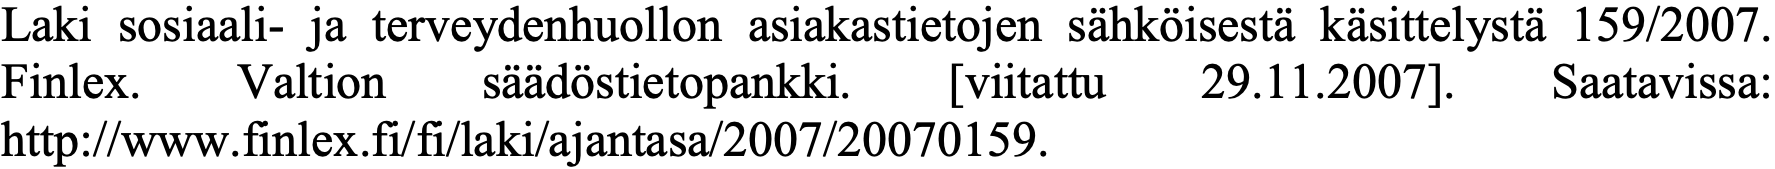
Laki sosiaali- ja terveydenhuollon asiakastietojen sähköisestä käsittelystä 159/2007. Finlex. Valtion säädöstietopankki. [viitattu 29.11.2007]. Saatavissa: http://www.finlex.fi/fi/laki/ajantasa/2007/20070159.